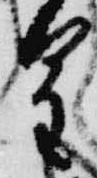
皇